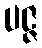
ပဇ္ဇ